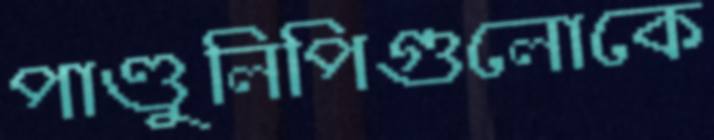
পাণ্ডুলিপিগুলোকে